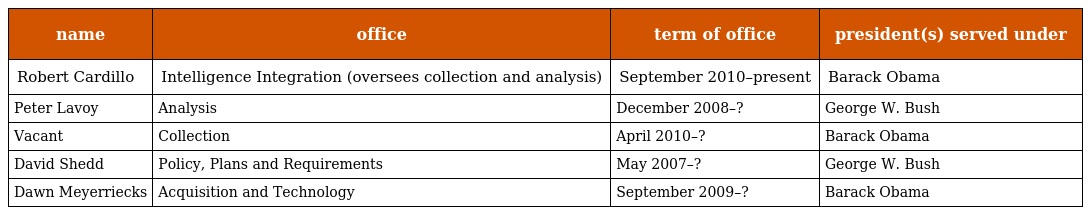
| name | office | term of office | president(s) served under |
 | --- | --- | --- | --- |
 | Robert Cardillo | Intelligence Integration (oversees collection and analysis) | September 2010–present | Barack Obama |
 | Peter Lavoy | Analysis | December 2008–? | George W. Bush |
 | Vacant | Collection | April 2010–? | Barack Obama |
 | David Shedd | Policy, Plans and Requirements | May 2007–? | George W. Bush |
 | Dawn Meyerriecks | Acquisition and Technology | September 2009–? | Barack Obama |